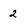
Character: 2